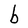
Character: b